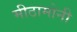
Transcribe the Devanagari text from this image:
मीठामोनी